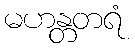
မဟန္တတရံ